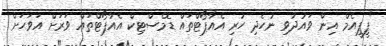
"ޕީޕީއެމް އިން ވައުދުވި ނުހެދި ހުރި އެއާޕޯޓްތައް ޑޮމެސްޓިކް އެއާޕޯޓްތައް ވަރަށް އަވަހަށް